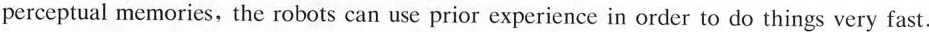
perceptual memories, the robots can use prior experience in order to do things very fast.